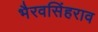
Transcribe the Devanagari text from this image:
भैरवसिंहराव